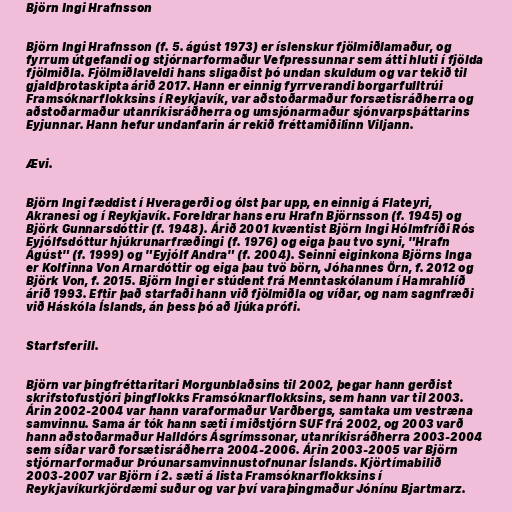
Björn Ingi Hrafnsson

Björn Ingi Hrafnsson (f. 5. ágúst 1973) er íslenskur fjölmiðlamaður, og
fyrrum útgefandi og stjórnarformaður Vefpressunnar sem átti hluti í fjölda
fjölmiðla. Fjölmiðlaveldi hans sligaðist þó undan skuldum og var tekið til
gjaldþrotaskipta árið 2017. Hann er einnig fyrrverandi borgarfulltrúi
Framsóknarflokksins í Reykjavík, var aðstoðarmaður forsætisráðherra og
aðstoðarmaður utanríkisráðherra og umsjónarmaður sjónvarpsþáttarins
Eyjunnar. Hann hefur undanfarin ár rekið fréttamiðilinn Viljann.

Ævi.

Björn Ingi fæddist í Hveragerði og ólst þar upp, en einnig á Flateyri,
Akranesi og í Reykjavík. Foreldrar hans eru Hrafn Björnsson (f. 1945) og
Björk Gunnarsdóttir (f. 1948). Árið 2001 kvæntist Björn Ingi Hólmfríði Rós
Eyjólfsdóttur hjúkrunarfræðingi (f. 1976) og eiga þau tvo syni, "Hrafn
Ágúst" (f. 1999) og "Eyjólf Andra" (f. 2004). Seinni eiginkona Björns Inga
er Kolfinna Von Arnardóttir og eiga þau tvö börn, Jóhannes Örn, f. 2012 og
Björk Von, f. 2015. Björn Ingi er stúdent frá Menntaskólanum í Hamrahlíð
árið 1993. Eftir það starfaði hann við fjölmiðla og víðar, og nam sagnfræði
við Háskóla Íslands, án þess þó að ljúka prófi.

Starfsferill.

Björn var þingfréttaritari Morgunblaðsins til 2002, þegar hann gerðist
skrifstofustjóri þingflokks Framsóknarflokksins, sem hann var til 2003.
Árin 2002-2004 var hann varaformaður Varðbergs, samtaka um vestræna
samvinnu. Sama ár tók hann sæti í miðstjórn SUF frá 2002, og 2003 varð
hann aðstoðarmaður Halldórs Ásgrímssonar, utanríkisráðherra 2003-2004
sem síðar varð forsætisráðherra 2004-2006. Árin 2003-2005 var Björn
stjórnarformaður Þróunarsamvinnustofnunar Íslands. Kjörtímabilið
2003-2007 var Björn í 2. sæti á lista Framsóknarflokksins í
Reykjavíkurkjördæmi suður og var því varaþingmaður Jónínu Bjartmarz.